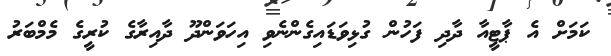
ކަމަށް އެ ޕާޓީއާ ދާދި ފަހުން ގުޅިވަޑައިގެންނެވި އިހަވަންދޫ ދާއިރާގެ ކުރީގެ މެމްބަރު